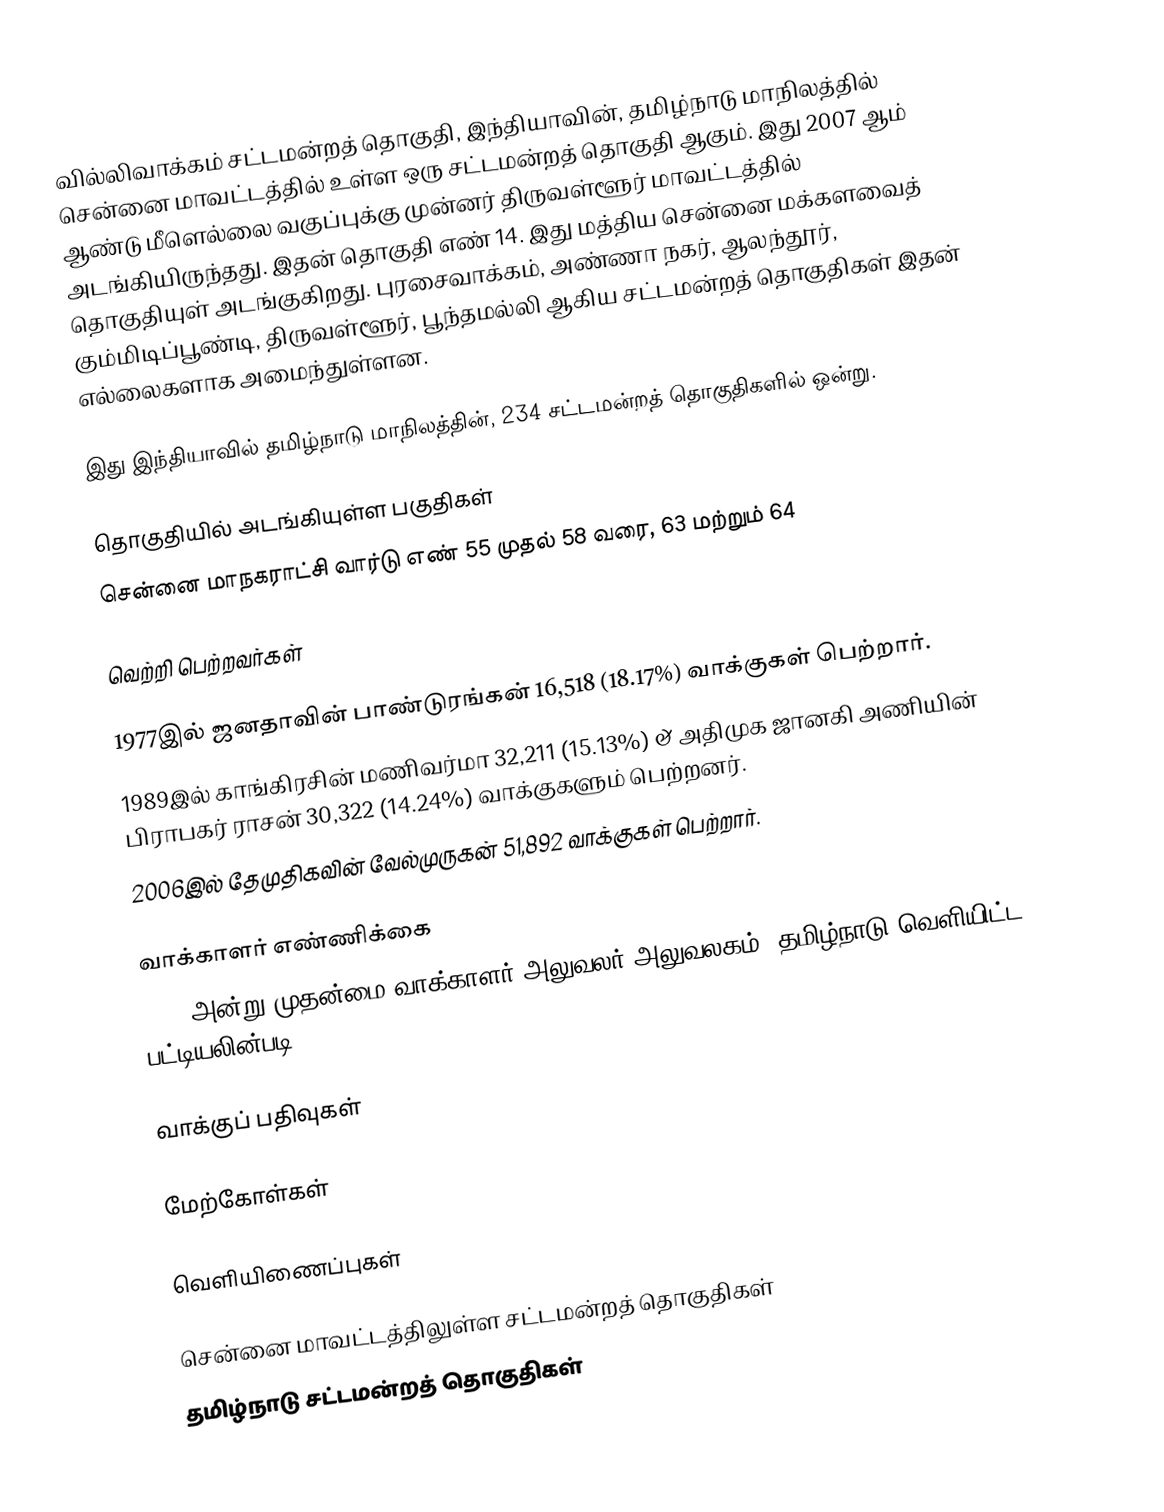
வில்லிவாக்கம் சட்டமன்றத் தொகுதி, இந்தியாவின், தமிழ்நாடு மாநிலத்தில்  சென்னை மாவட்டத்தில் உள்ள ஒரு சட்டமன்றத் தொகுதி ஆகும். இது 2007 ஆம் ஆண்டு மீளெல்லை வகுப்புக்கு முன்னர் திருவள்ளூர் மாவட்டத்தில் அடங்கியிருந்தது. இதன் தொகுதி எண் 14. இது மத்திய சென்னை மக்களவைத் தொகுதியுள் அடங்குகிறது. புரசைவாக்கம், அண்ணா நகர், ஆலந்தூர், கும்மிடிப்பூண்டி, திருவள்ளூர், பூந்தமல்லி ஆகிய சட்டமன்றத் தொகுதிகள் இதன் எல்லைகளாக அமைந்துள்ளன.

இது இந்தியாவில் தமிழ்நாடு மாநிலத்தின், 234 சட்டமன்றத் தொகுதிகளில் ஒன்று.

தொகுதியில் அடங்கியுள்ள பகுதிகள்
சென்னை மாநகராட்சி வார்டு எண் 55 முதல் 58 வரை, 63 மற்றும் 64

வெற்றி பெற்றவர்கள்

1977இல் ஜனதாவின் பாண்டுரங்கன் 16,518 (18.17%) வாக்குகள் பெற்றார்.
1989இல் காங்கிரசின் மணிவர்மா 32,211 (15.13%) & அதிமுக ஜானகி அணியின் பிராபகர் ராசன் 30,322 (14.24%) வாக்குகளும் பெற்றனர்.
2006இல் தேமுதிகவின் வேல்முருகன் 51,892 வாக்குகள் பெற்றார்.

வாக்காளர் எண்ணிக்கை
2016 அன்று முதன்மை வாக்காளர் அலுவலர் அலுவலகம், தமிழ்நாடு வெளியிட்ட பட்டியலின்படி,

வாக்குப் பதிவுகள்

மேற்கோள்கள்

வெளியிணைப்புகள்

சென்னை மாவட்டத்திலுள்ள சட்டமன்றத் தொகுதிகள்
தமிழ்நாடு சட்டமன்றத் தொகுதிகள்